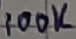
Text: 100K